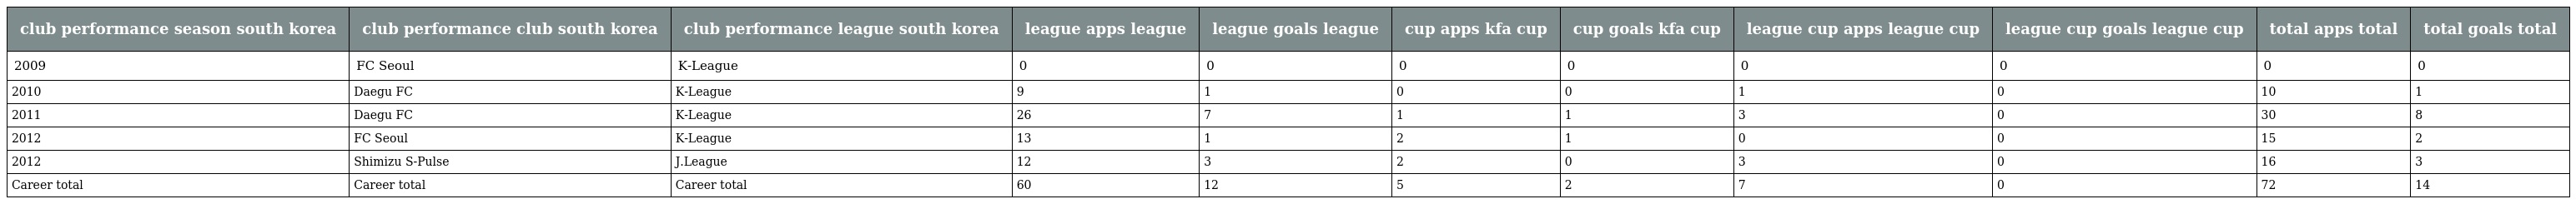
| club performance season south korea | club performance club south korea | club performance league south korea | league apps league | league goals league | cup apps kfa cup | cup goals kfa cup | league cup apps league cup | league cup goals league cup | total apps total | total goals total |
 | --- | --- | --- | --- | --- | --- | --- | --- | --- | --- | --- |
 | 2009 | FC Seoul | K-League | 0 | 0 | 0 | 0 | 0 | 0 | 0 | 0 |
 | 2010 | Daegu FC | K-League | 9 | 1 | 0 | 0 | 1 | 0 | 10 | 1 |
 | 2011 | Daegu FC | K-League | 26 | 7 | 1 | 1 | 3 | 0 | 30 | 8 |
 | 2012 | FC Seoul | K-League | 13 | 1 | 2 | 1 | 0 | 0 | 15 | 2 |
 | 2012 | Shimizu S-Pulse | J.League | 12 | 3 | 2 | 0 | 3 | 0 | 16 | 3 |
 | Career total | Career total | Career total | 60 | 12 | 5 | 2 | 7 | 0 | 72 | 14 |